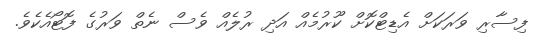
ފިސާރި ވަރަކަށް އެޑިޓްކޮށް ކޫރުމެއް އަދި ރުލެއް ވެސް ނެތް ވަރުގެ ފޮޓޯއެކެވެ.